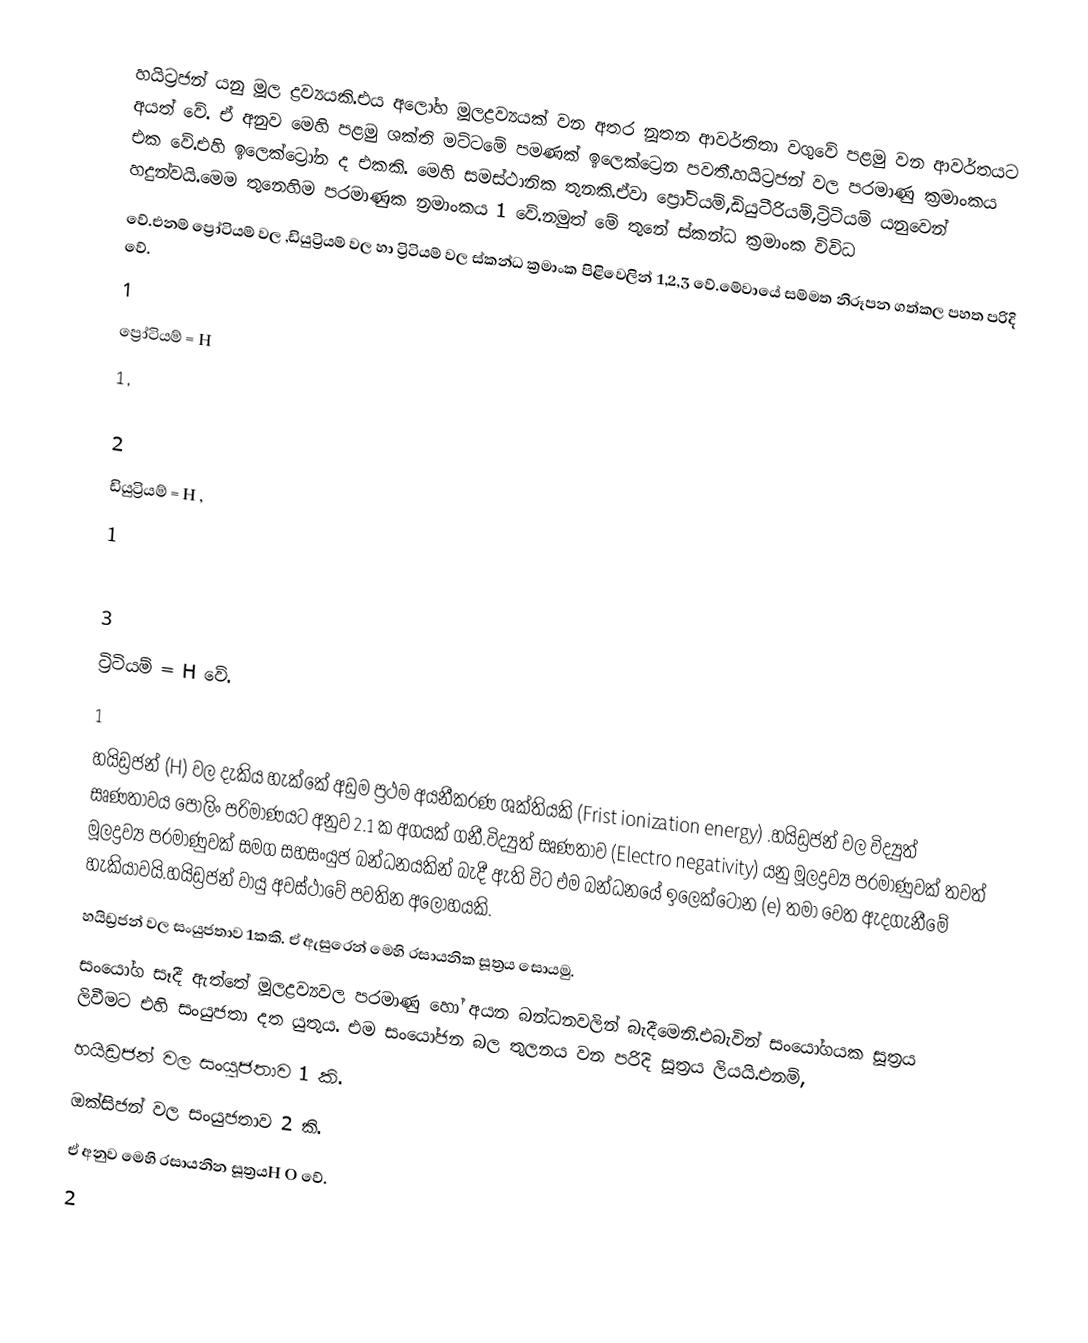
හයිට්‍රජන් යනු මූල ද්‍රව්‍යයකි.එය අලෝහ මූලද්‍රව්‍යයක් වන අතර නූතන ආවර්තිතා වගුවේ පළමු වන ආවර්තයට අයත් වේ. ඒ අනුව මෙහි පළමු ශක්ති මට්ටමේ පමණක් ඉලෙක්ට්‍රෙන පවතී.හයිට්‍රජන් වල පරමාණු ක්‍රමාංකය එක වේ.එහි ඉලෙක්ට්‍රෝන ද එකකි. මෙහි සමස්ථානික තුනකි.ඒවා ප්‍රෝටියම්,ඩියුටීරියම්,ට්‍රිටියම් යනුවෙන් හදුන්වයි.මෙම තුනෙහිම පරමාණුක න්‍රමාංකය 1 වේ.නමුත් මේ තුනේ ස්කන්ධ ක්‍රමාංක විවිධ
වේ.එනම් ප්‍රෝටියම් වල ,ඩියුට්‍රියම් වල හා ට්‍රිටියම් වල ස්කන්ධ ක්‍රමාංක පිළිවෙලින් 1,2,3 වේ.මේවායේ සම්මත නිරූපන ගත්කල පහත පරිදි වේ.
                                1
                      ප්‍රෝටියම්  =  H
                                1   ,

                                 2
                       ඩියුට්‍රියම්  =  H ,
                                 1

                               3
                        ට්‍රිටියම් = H වේ.
                               1
හයිඩ්‍රජන් (H) වල දැකිය හැක්කේ අඩුම ප්‍රථම අයනීකරණ ශක්තියකි (Frist ionization energy) .හයිඩ්‍රජන් වල විද්‍යුත් සෘණතාවය පෝලිං පරිමාණයට අනුව 2.1 ක අගයක් ගනී.විද්‍යුත් සෘණතාව (Electro negativity)  යනු මූලද්‍රව්‍ය පරමාණුවක් තවත් මූලද්‍රව්‍ය පරමාණුවක් සමග සහසංයුජ බන්ධනයකින් බැදී ඇති විට එම බන්ධනයේ ඉලෙක්ටෝන (e) තමා වෙත ඇදගැනීමේ හැකියාවයි.හයිඩ්‍රජන් වායු අවස්ථාවේ පවතින අලෝහයකි.
  හයිඩ්‍රජන් වල සංයුජතාව 1කකි. ඒ ඇසුරෙන් මෙහි රසායනික සූත්‍රය සොයමු.
සංයෝග සෑදී ඇත්තේ මූලද්‍රව්‍යවල පරමාණු හෝ අයන බන්ධනවලින් බැදීමෙනි.එබැවින්  සංයෝගයක සූත්‍රය ලිවීමට එහි සංයුජතා දත යුතුය. එම සංයෝජන බල තුලනය වන පරිදි සූත්‍රය ලියයි.එනම්,
                  හයිඩ්‍රජන් වල සංයුජතාව 1 කි.
                  ඔක්සිජන් වල සංයුජතාව 2 කි.
                 ඒ අනුව මෙහි රසායනින සූත්‍රයH O වේ.
                                         2